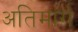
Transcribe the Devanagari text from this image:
अतिमार्ग